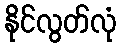
နိုင်လွတ်လုံ